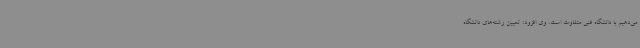
می‌دهیم با دانشگاه فنی متفاوت است. وی افزود: تعیین رشته‌های دانشگاه